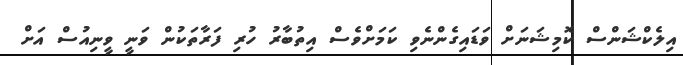
އިލެކްޝަންސް ކޮމިޝަނަށް ވަޑައިގެންނެވި ކަމަށްވެސް އިތުބާރު ހުރި ފަރާތަކުން ވަނީ ވީނިއުސް އަށް